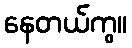
နေတယ်ကွ။